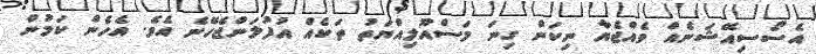
އެސޯސިއޭޝަނެއް ވެއްޖެޔާ ނިކަން ގިނަ މަސްއޫލިއްޔަތު ތަކެއް އުފުލަންޖެހޭނެ އެވެ. އެހެން ކަމުން